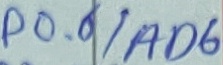
Text: P0.6/AD6